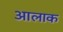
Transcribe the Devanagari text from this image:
आलाक